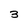
Character: 3